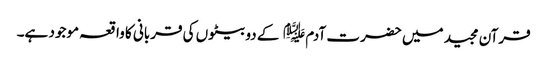
قرآن مجید میں حضرت آدم﷤ کے دو بیٹوں کی قربانی کا واقعہ موجود ہے۔